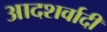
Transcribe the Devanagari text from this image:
आदशर्वादी